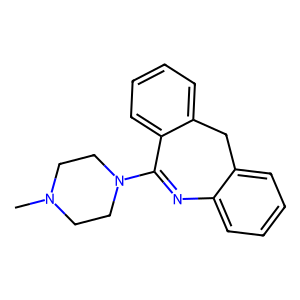
SMILES: CN1CCN(C2=Nc3ccccc3Cc3ccccc32)CC1
Inhibits HIV replication: No